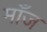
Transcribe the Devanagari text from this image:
माँज